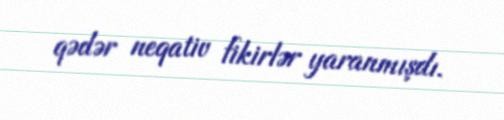
qədər neqativ fikirlər yaranmışdı.